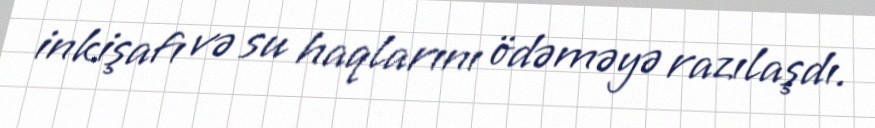
inkişafı və su haqlarını ödəməyə razılaşdı.